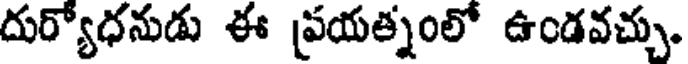
దుర్యోధనుడు ఈ ప్రయత్నంలో ఉండవచ్చు.